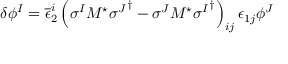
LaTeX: \delta \phi ^ { I } = \overline { { { \epsilon } } } _ { 2 } ^ { i } \left( \sigma ^ { I } M ^ { \star } { \sigma ^ { J } } ^ { \dagger } - \sigma ^ { J } M ^ { \star } { \sigma ^ { I } } ^ { \dagger } \right) _ { i j } \epsilon _ { 1 j } \phi ^ { J }